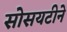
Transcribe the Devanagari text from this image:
सोसयटीने